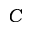
C